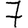
Digit: 7